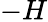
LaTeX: -H